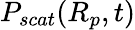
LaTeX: P_{scat}(R_{p},t)